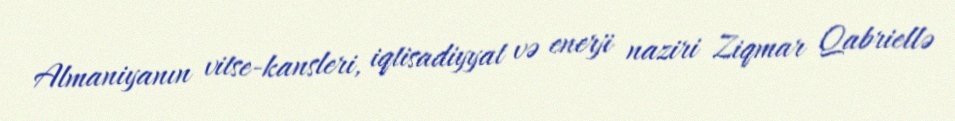
Almaniyanın vitse-kansleri, iqtisadiyyat və enerji naziri Ziqmar Qabriellə